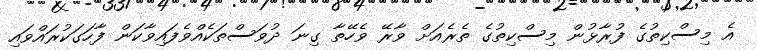
އެ މިސްކިތުގެ ފުރާޅުން މިސްކިތުގެ ތެރެއަށް ވާރޭ ވެހޭތާ ގިނަ ދުވަސްތަކެއްވެފައިވާކަން ފާހަގަކުރައްވައި